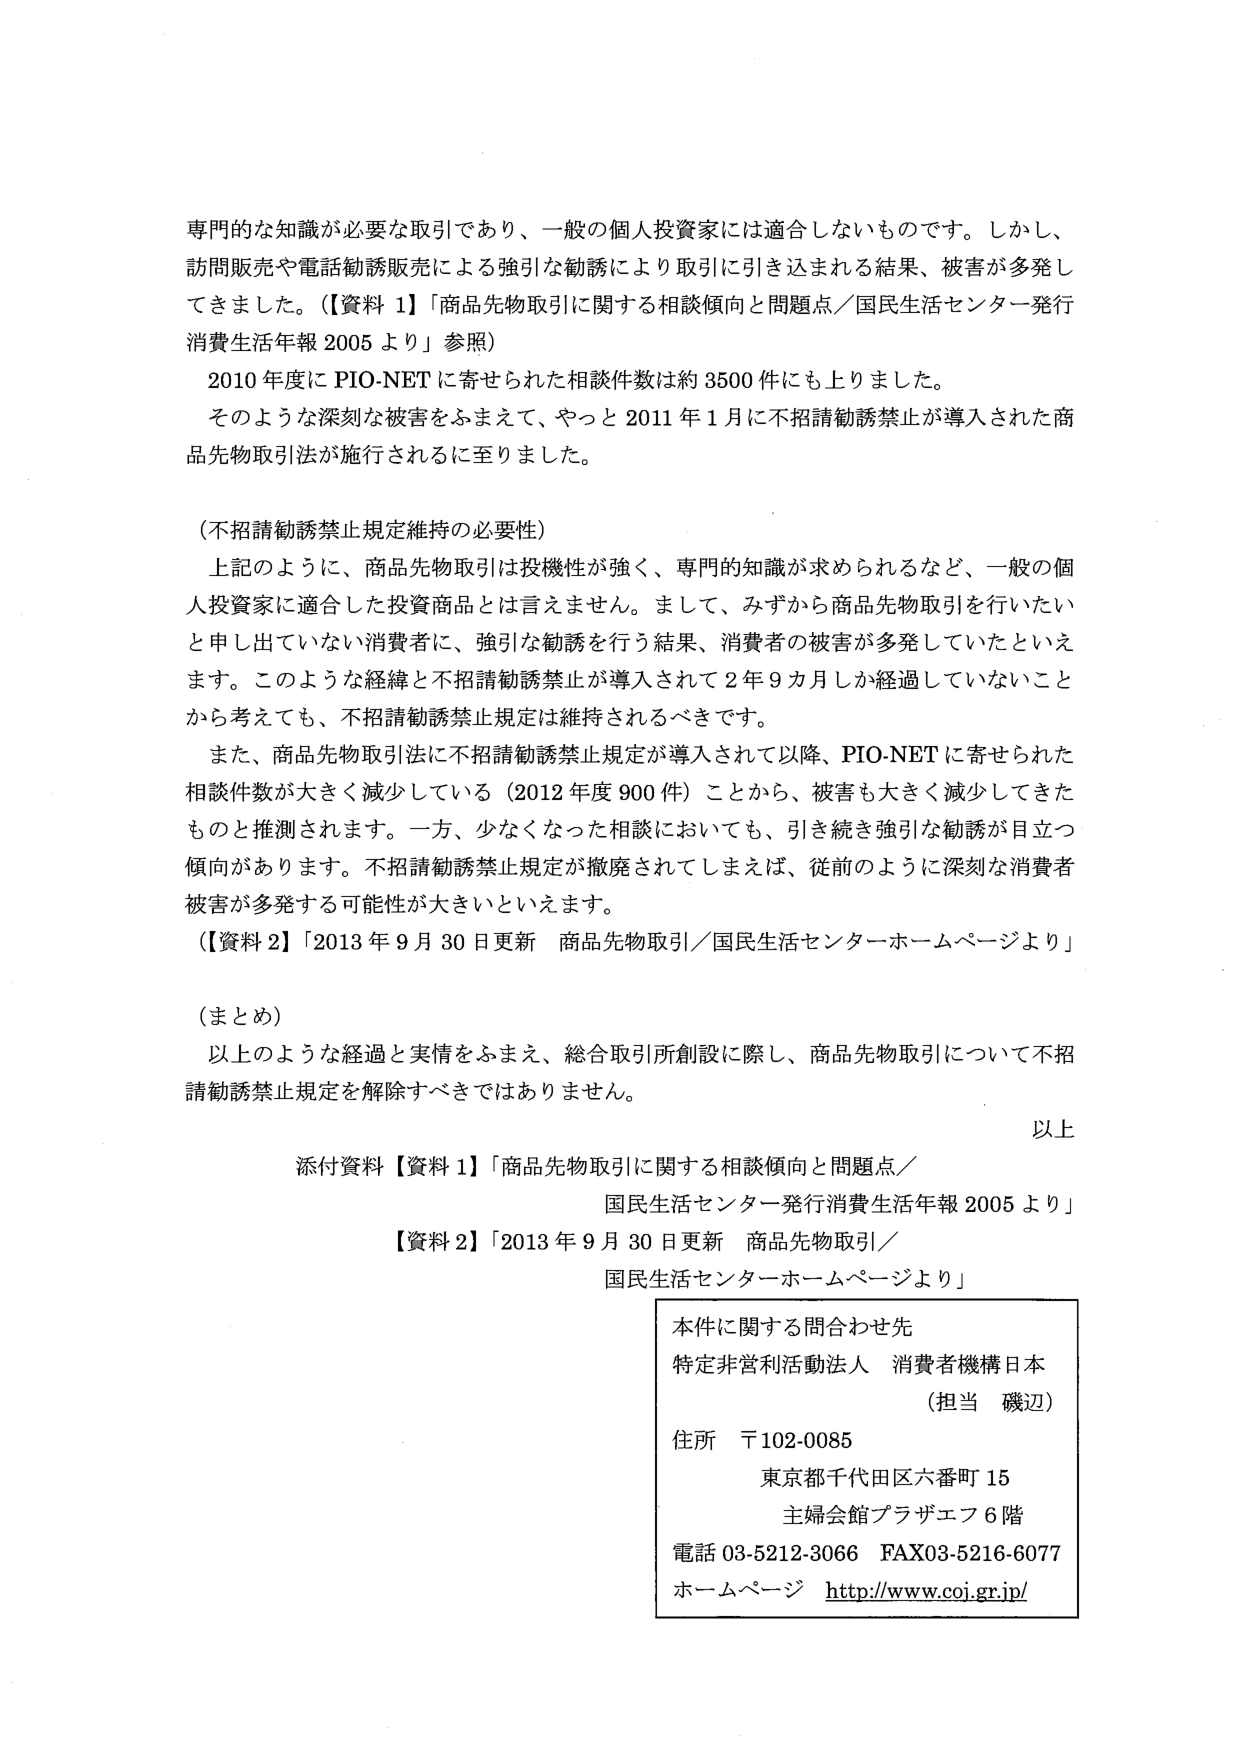
専門的な知識が必要な取引であり、一般の個人投資家には適合しないものです。しかし、
訪問販売や電話勧誘販売による強引な勧誘により取引に引き込まれる結果、被害が多発し
てきました。（【資料 1】「商品先物取引に関する相談傾向と問題点／国民生活センター発行
消費生活年報 2005 より」参照）
2010 年度に PIO-NET に寄せられた相談件数は約 3500 件にも上りました。
そのような深刻な被害をふまえて、やっと 2011 年 1 月に不招請勧誘禁止が導入された商
品先物取引法が施行されるに至りました。

（不招請勧誘禁止規定維持の必要性）
上記のように、商品先物取引は投機性が強く、専門的知識が求められるなど、一般の個
人投資家に適合した投資商品とは言えません。まして、みずから商品先物取引を行いたい
と申し出ていない消費者に、強引な勧誘を行う結果、消費者の被害が多発していたといえ
ます。このような経緯と不招請勧誘禁止が導入されて 2 年 9 月しか経過していないこと
から考えても、不招請勧誘禁止規定は維持されるべきです。
また、商品先物取引法に不招請勧誘禁止規定が導入されて以降、PIO-NET に寄せられた
相談件数が大きく減少している（2012 年度 900 件）ことから、被害も大きく減少してきた
ものと推測されます。一方、少なくなった相談においても、引き続き強引な勧誘が目立つ
傾向があります。不招請勧誘禁止規定が撤廃されてしまえば、従前のように深刻な消費者
被害が多発する可能性が大きいといえます。
（【資料 2】「2013 年 9 月 30 日更新 商品先物取引／国民生活センターホームページより」

（まとめ）
以上のような経過と実情をふまえ、総合取引所創設に際し、商品先物取引について不招
請勧誘禁止規定を解除すべきではありません。

以上

添付資料【資料 1】「商品先物取引に関する相談傾向と問題点／
国民生活センター発行消費生活年報 2005 より」
【資料 2】「2013 年 9 月 30 日更新 商品先物取引／
国民生活センター ホームページより」

本件に関する問合わせ先
特定非営利活動法人 消費者機構日本
（担当 磯辺）
住所 〒102-0085
東京都千代田区六番町 15
主婦会館プラザエフ 6 階
電話 03-5212-3066 FAX03-5216-6077
ホームページ http://www.coi.gr.jp/